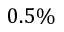
0 . 5 \%